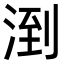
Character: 𪶌